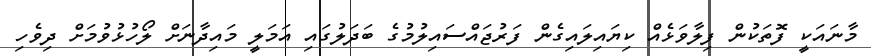
މާނައަކީ ފޮތަކުން ފިލާވަޅެއް ކިޔައިލައިގެން ފަރުޖައްސައިލުމުގެ ބަދަލުގައި އަމަލީ މައިދާނަށް ލޯހުޅުވުމަށް ދިވެހި